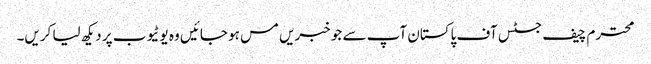
محترم چیف جسٹس آف پاکستان آپ سے جو خبریں مس ہو جائیں وہ یوٹیوب پر دیکھ لیا کریں۔